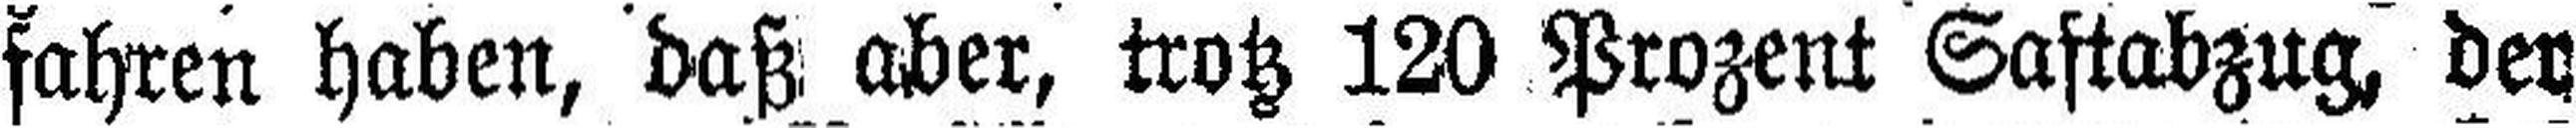
fahren haben, daß aber, trotz 120 Prozent Saftabzug, der